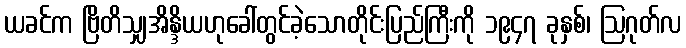
ယခင်က ဗြိတိသျှအိန္ဒိယဟုခေါ်တွင်ခဲ့သောတိုင်းပြည်ကြီးကို ၁၉၄၇ ခုနှစ်၊ ဩဂုတ်လ